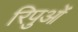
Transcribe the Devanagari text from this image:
रिपुओं